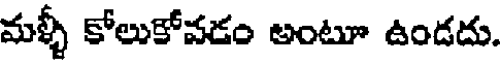
మళ్ళీ కోలుకోవడం అంటూ ఉండదు.